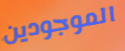
الموجودين